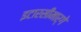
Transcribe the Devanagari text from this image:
इटारसीमार्गे